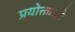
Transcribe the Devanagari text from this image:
प्रयोक्ताओ